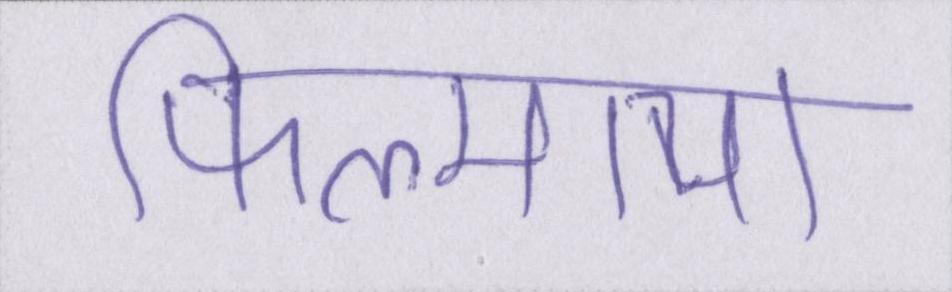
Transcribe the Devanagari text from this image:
फिल्माया